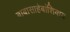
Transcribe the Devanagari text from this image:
बाबासाहेबांशिवाय